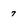
Character: 7